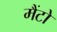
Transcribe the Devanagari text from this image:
मैंटो